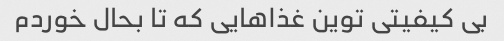
بی کیفیتی توین غذاهایی که تا بحال خوردم